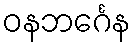
ဝနဘင်္ဂေန